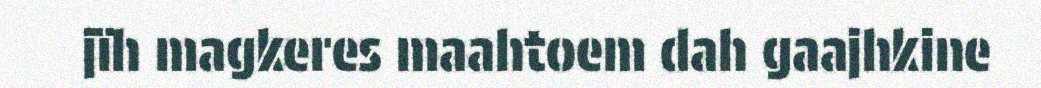
jïh magkeres maahtoem dah gaajhkine